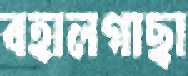
বহালগাছা